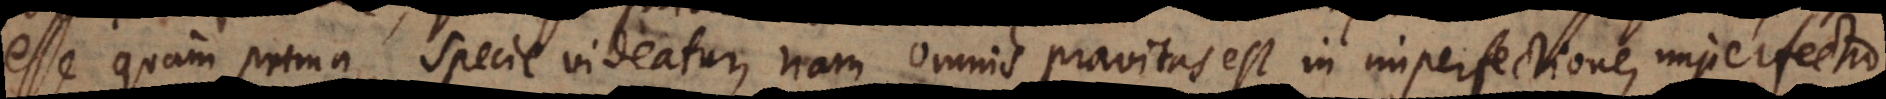
esse quam prima specie videatur, nam omnis pravitas est in imperfectione, imperfectio